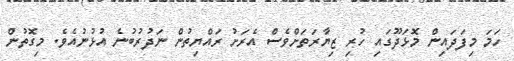
ހަމަ މިފަދައިން މޮޅަދޫގައި ހުރި ޒިޔާރަތަށްވެސް އެރަށު ރައްޔިތުން ނަދުރުބުނެ އުޅުނުއެވެ. މިގޮތުން